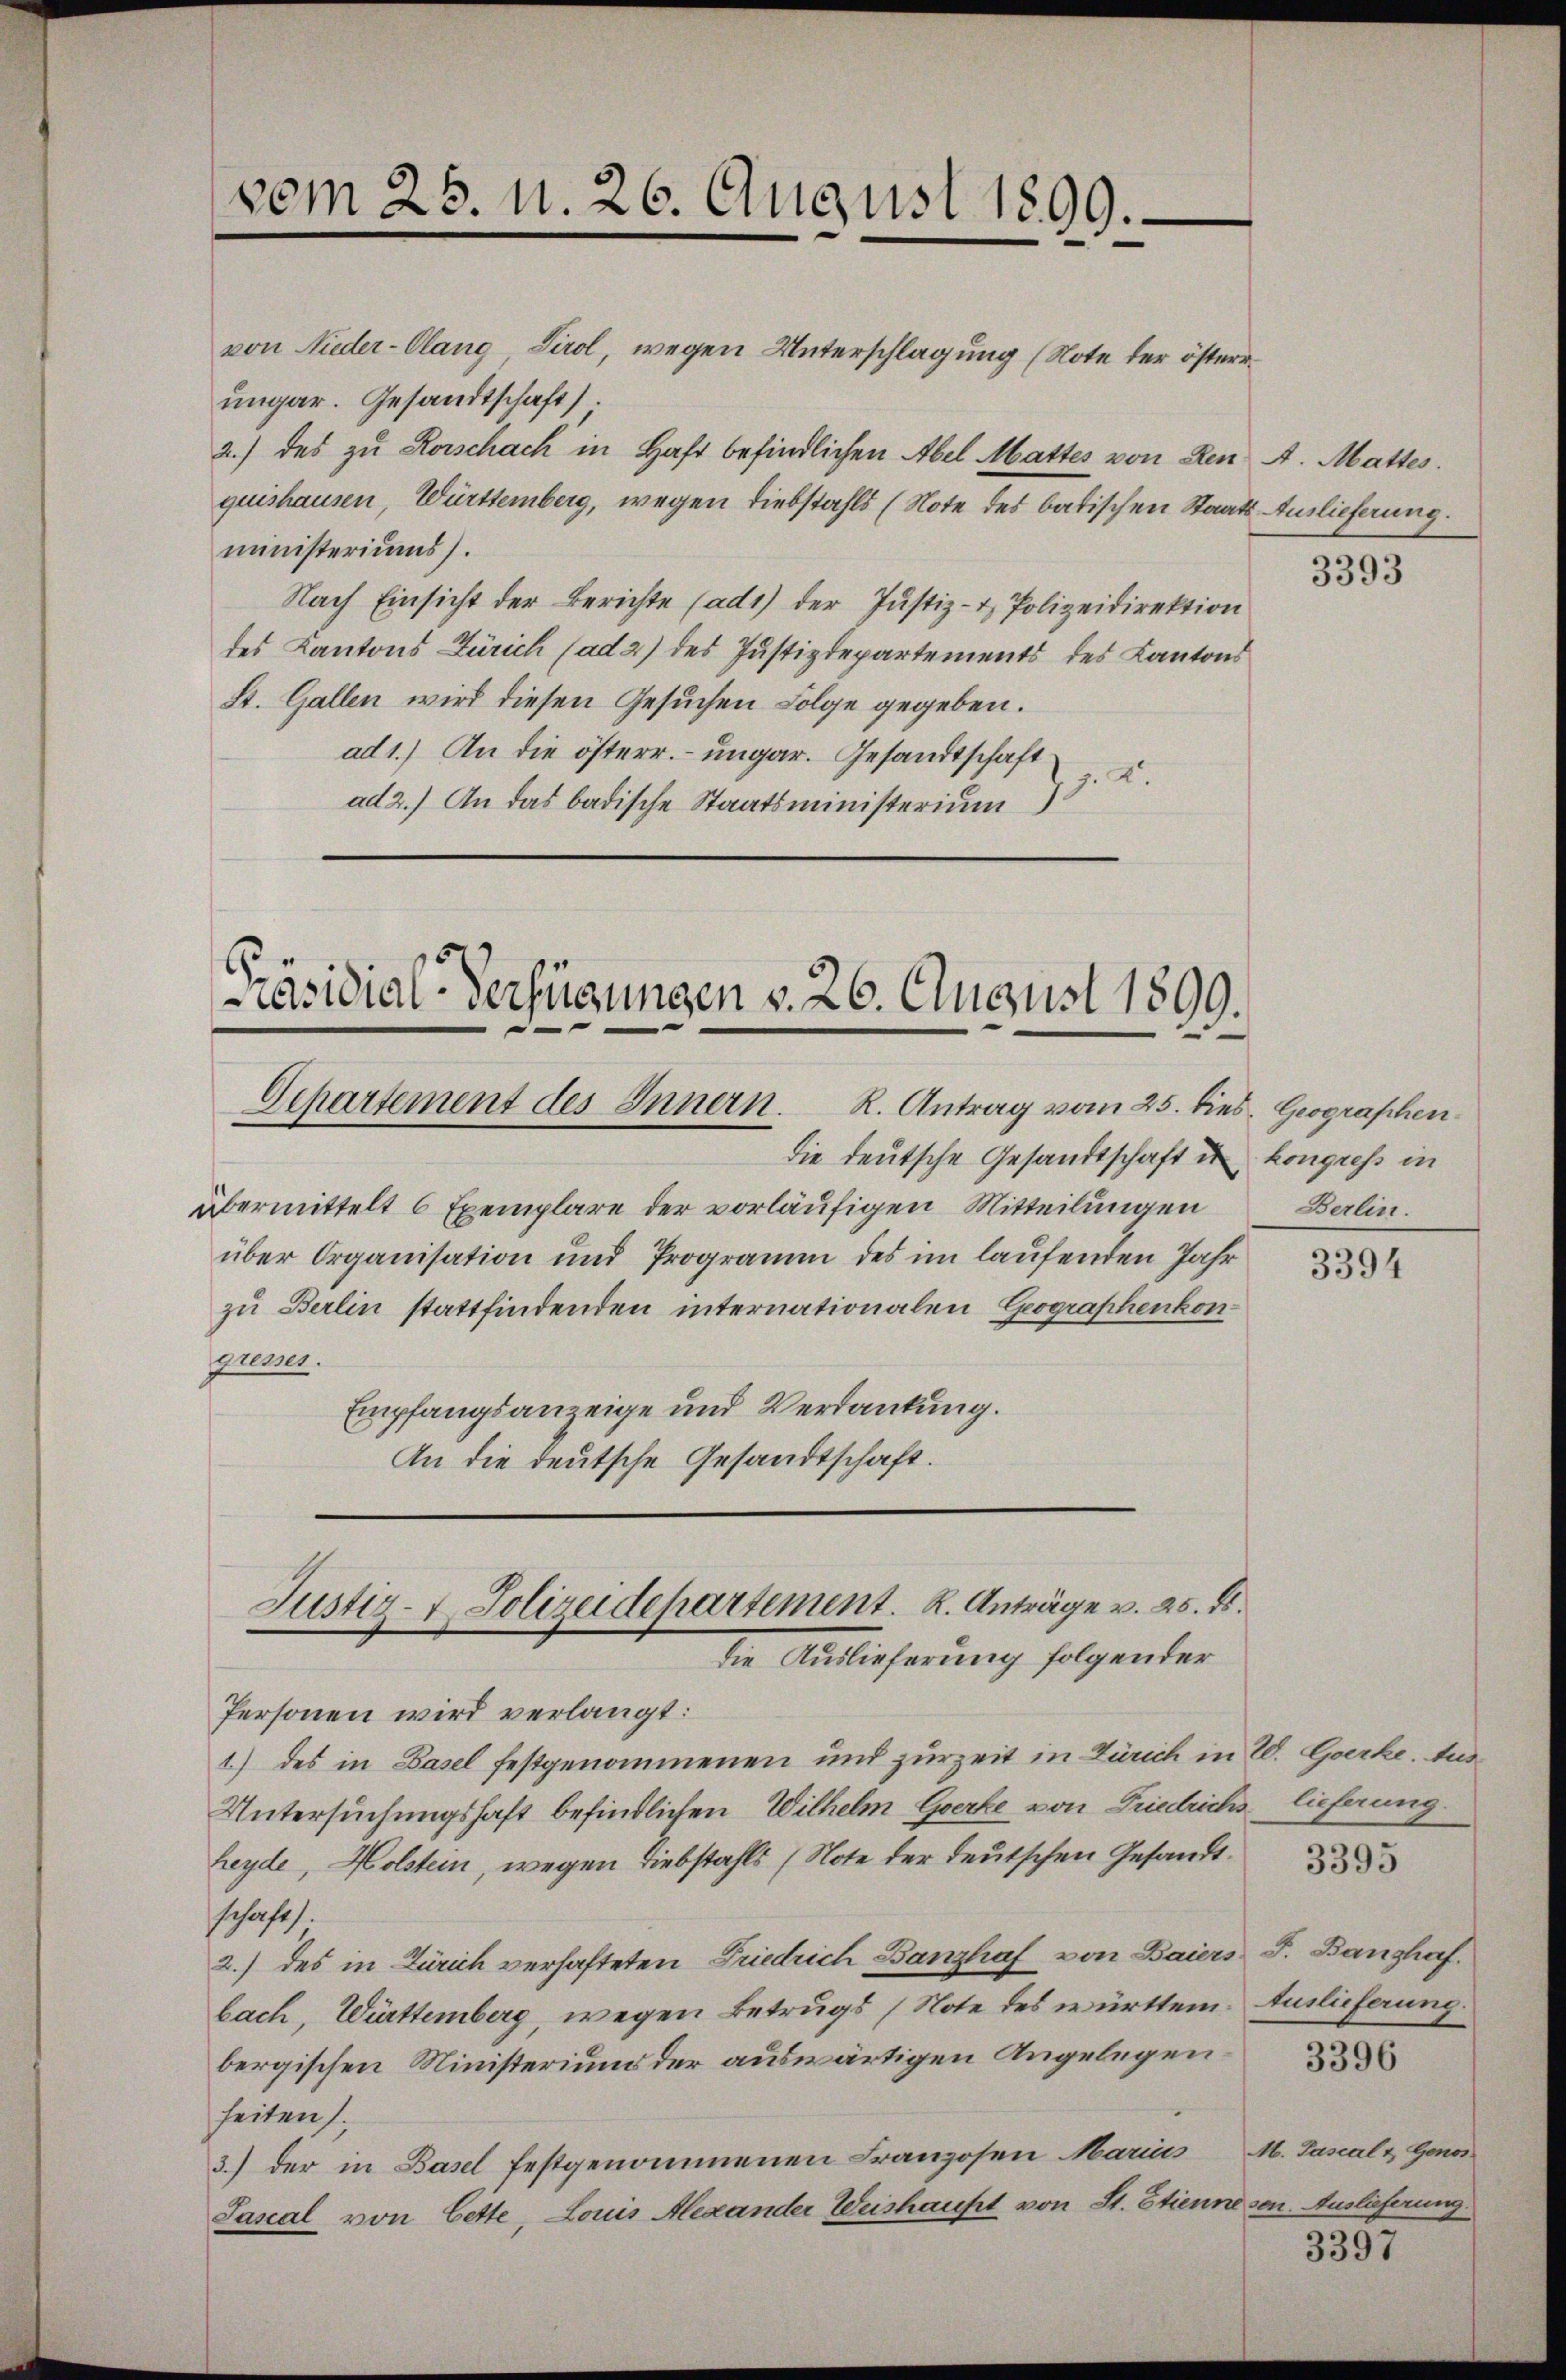
von Nieder-Olang, Tirol, wegen Unterschlagung (Note der österr
ungar. Gesandtschaft).
2.) des zu Rorschach in Haft befindlichen Abel Mattes von den A. Mattes.
quishausen, Württemberg, wegen Liebstahls (Note des batischen Staats Auslieferung.
ministeriums).
Nach Einsicht der Berichte (ad1) der Justiz- & Polizeidirektion
des Kantons Zürich (ad 2) des Justizdepartements des Kantons
St. Gallen wird diesen Gesuchen Folge gegeben.
ad 1.) An die österr. ungar. Gesandtschaft
ad 2.) An das badische Staatsministerium 3. K.

vom 25. N. 26. August 1899.

Präsidial-Verfügungen v. 26. August 1899.
Departement des Innern. R. Antrag vom 25. dies, Geographen¬

die deutsche Gesandtschaft u. kongress in
übermittelt 6 Exemplare der vorläufigen Mitteilungen
über Organisation und Programm des im laufenden Jahr
zu Berlin stattfindenden internationalen Geographenkongresses.
Empfangsanzeige und Verdankung.
An die deutsche Gesandtschaft.

Justiz- & Polizeidepartement. K. Anträge v. 25. ds.
die Auslieferung folgender

Personen wird verlangt:
1) des in Basel festgenommenen und zur Zeit in Zürich in W. Gierke. Aus
Untersuchungshaft befindlichen Wilhelm Gierke von Friedrichs lieferung.
heyde, Holstein, wegen Liebstahls (Note der deutschen Gesandtschaft.
2.) des in Zürich verhafteten Friedrich Banzhaf von Baiers J. Banzhaf
bach, Württemberg, wegen Betrugs (Note des württem Auslieferung.
bergischen Ministerium der auswärtigen Angelegen
seiten.
3.) der in Basel festgenommenen Franzosen Marius M. Pasialz, Genos
Sascal von Cette, Louis Alexander Weishaufet von St. Etienne sen. Auslieferung

3393

Berlin.

3394

3395

3397